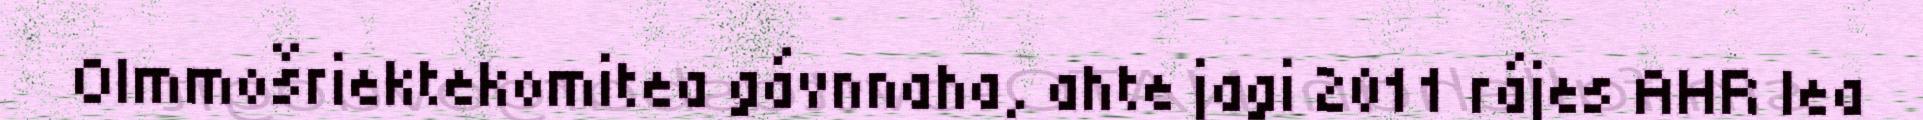
Olmmošriektekomitea gávnnaha, ahte jagi 2011 rájes AHR lea